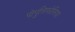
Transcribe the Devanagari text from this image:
पोपुलिफोलिया